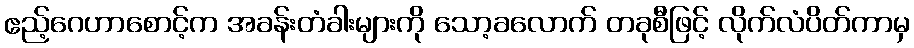
ဧည့်ဂေဟာစောင့်က အခန်းတံခါးများကို သော့ခလောက် တခုစီဖြင့် လိုက်လံပိတ်ကာမှ